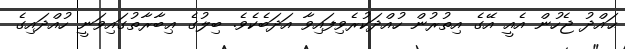
ޙައްދު ޖެހުން އެއީ އޭގެ އިތުރުން ހުއްދަކުރެވިފައިވާ އަދަބެކެވެ. ބިލުގެ ޢިބާރާތުގައިވަނީ ހުއްދައިގެ